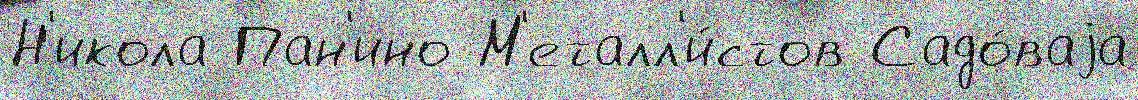
Н'икола Пан'ино М'еталл'и́стов Садо́ваjа